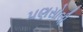
પણસોલી